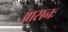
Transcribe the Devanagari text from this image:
आसनः